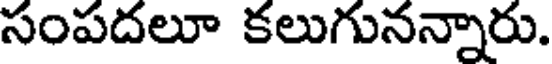
సంపదలూ కలుగునన్నారు.